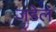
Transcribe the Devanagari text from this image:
जडेल